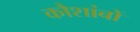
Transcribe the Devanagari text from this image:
कौशांबों